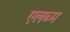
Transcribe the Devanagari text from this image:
एलब्म